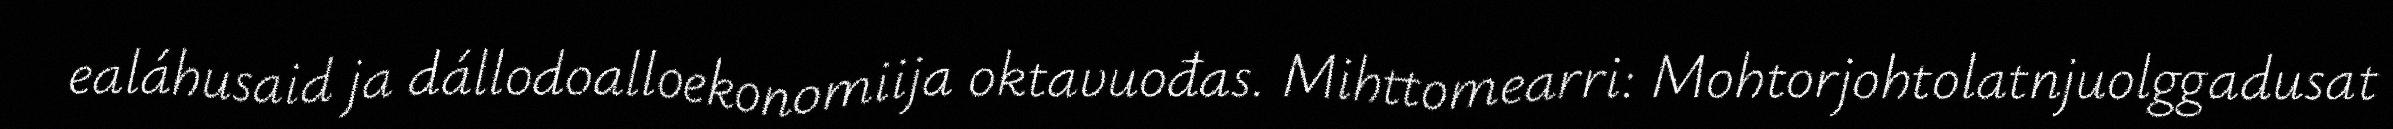
ealáhusaid ja dállodoalloekonomiija oktavuođas. Mihttomearri: Mohtorjohtolatnjuolggadusat